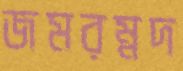
জমরম্নদ